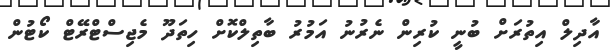
އާދިލް އިތުރަށް ބުނީ ކުރިން ނެރުނު އަމުރު ބާތިލްކޮށް ހިތަދޫ މެޖިސްޓްރޭޓް ކޯޓުން